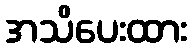
အသိပေးထား